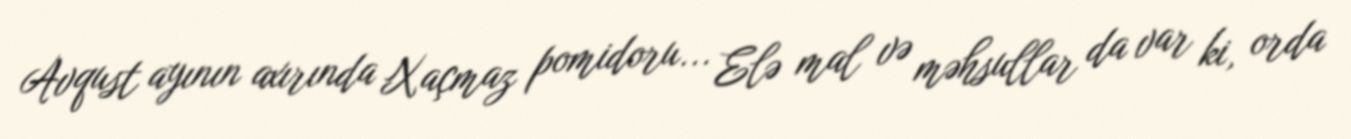
Avqust ayının axırında Xaçmaz pomidoru... Elə mal və məhsullar da var ki, orda